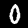
Digit: 0